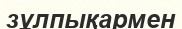
зұлпықармен